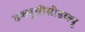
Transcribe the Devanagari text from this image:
डब्ल्यूसीसीडब्ल्यू